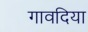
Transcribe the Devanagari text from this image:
गावदिया